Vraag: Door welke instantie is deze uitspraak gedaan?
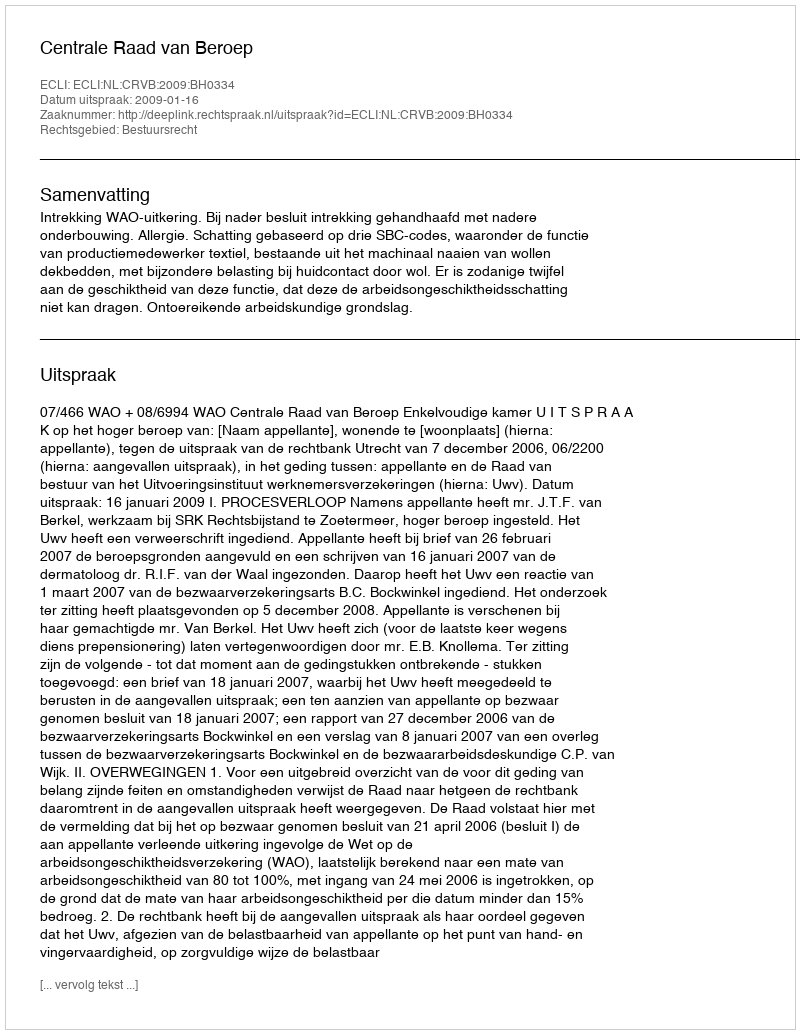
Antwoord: Centrale Raad van Beroep